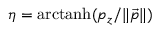
\eta = \mathrm { a r c t a n h } ( p _ { z } / \| \vec { p } \| )